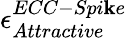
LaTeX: \epsilon_{Attractive}^{ECC-Spi\mathbf{k}e}